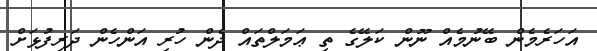
އަހަރެމެން ބޭނުމެއް ނޫން ކަލޭގެ ތި ޢަމަލްތައް ދެން ހުރި އަންހެން ދަރިފުޅަށް